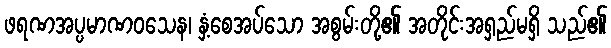
ဖရဏအပ္ပမာဏဝသေန၊ နှံ့စေအပ်သော အစွမ်းတို့၏ အတိုင်းအရှည်မရှိ သည်၏